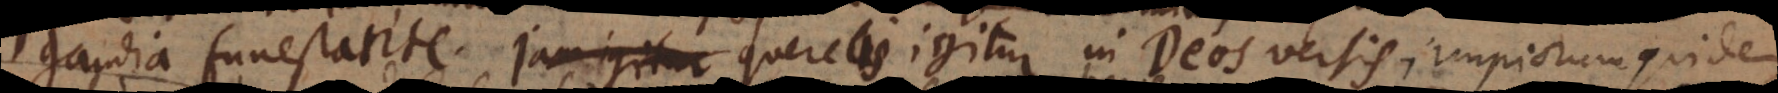
gaudia funestante. Querelis igitur in Deos versis, impiorum quidem